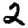
Digit: 2